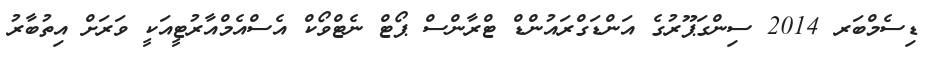
ޑިސެމްބަރ 2014 ސިންގަޕޫރުގެ އަންޑަގްރައުންޑް ޓްރާންސް ޕޯޓް ނެޓްވޯކް އެސްއެމްއާރުޓީއަކީ ވަރަށް އިތުބާރު